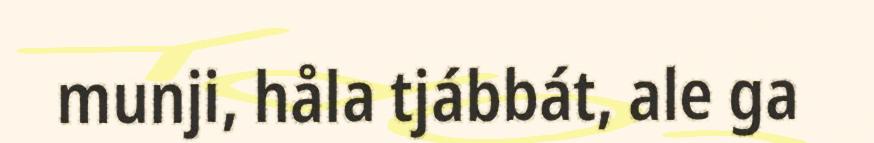
munji, håla tjábbát, ale ga